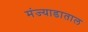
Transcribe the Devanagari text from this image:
मंज्याडाताल